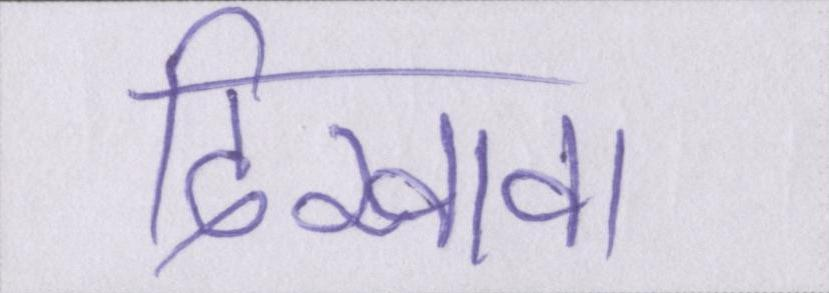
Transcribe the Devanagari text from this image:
दिखावा